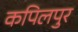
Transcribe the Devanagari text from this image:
कपिलपुर